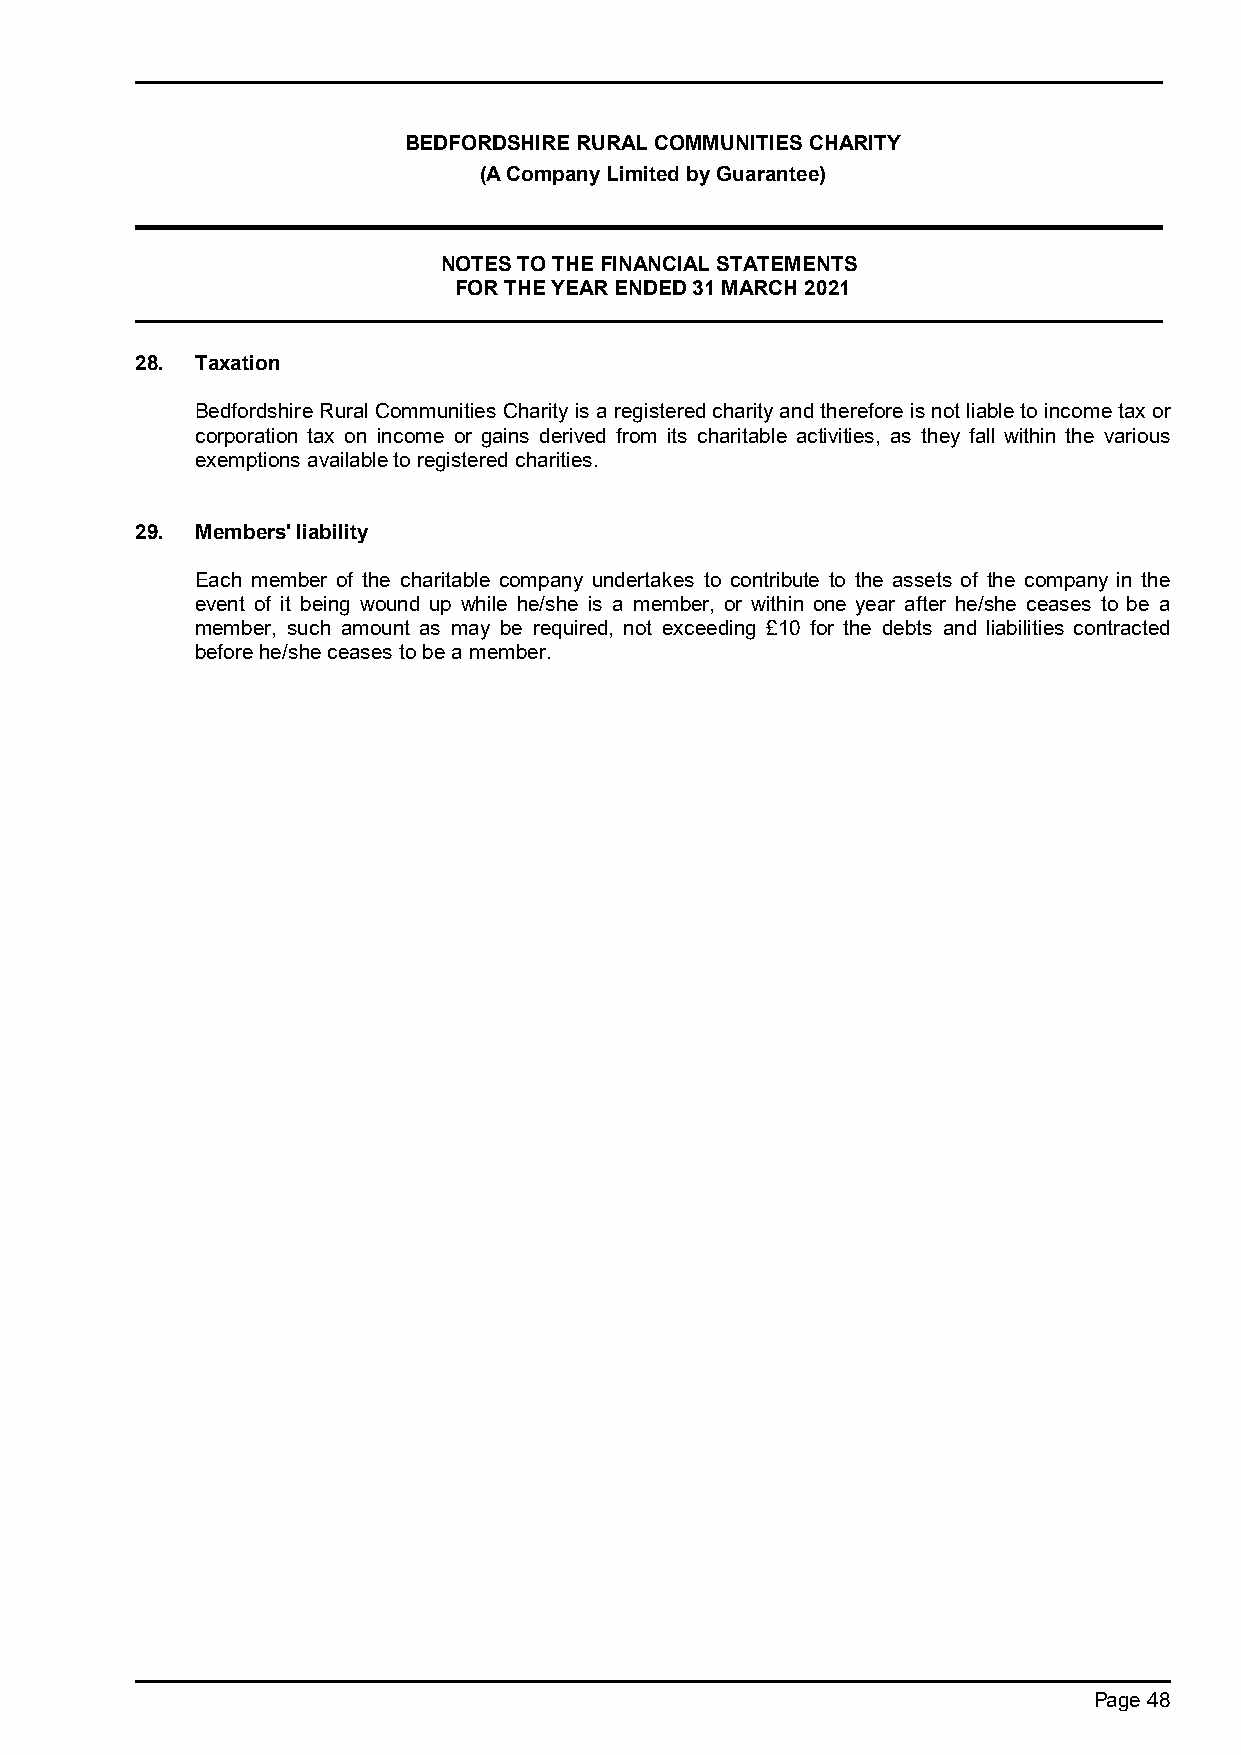
BEDFORDSHIRE RURAL COMMUNITIES CHARITY
 (A Company Limited by Guarantee)
 NOTES TO THE FINANCIAL STATEMENTS
 FOR THE YEAR ENDED 31 MARCH 2021
 28. Taxation
 Bedfordshire Rural Communities Charity is a registered charity and therefore is not liable to income tax or
 corporation tax on income or gains derived from its charitable activities, as they fall within the various
 exemptions available to registered charities.
 29. Members' liability
 Each member of the charitable company undertakes to contribute to the assets of the company in the
 event of it being wound up while he/she is a member, or within one year after he/she ceases to be a
 member, such amount as may be required, not exceeding £10 for the debts and liabilities contracted
 before he/she ceases to be a member.
 Page 48